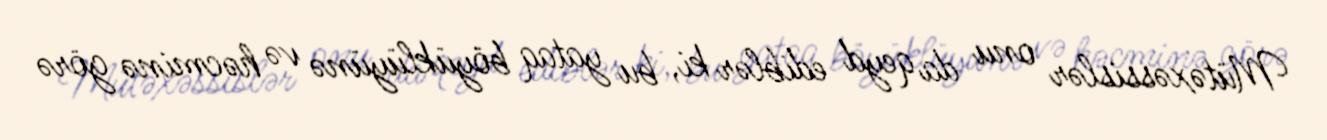
Mütəxəssislər onu da qeyd ediblər ki, bu yataq böyüklüyünə və həcminə görə